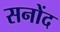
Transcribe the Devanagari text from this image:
सनोंद